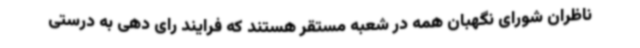
ناظران شورای نگهبان همه در شعبه مستقر هستند که فرایند رای دهی به درستی